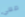
معي